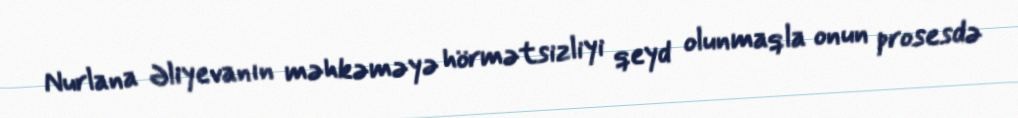
Nurlana Əliyevanın məhkəməyə hörmətsizliyi qeyd olunmaqla onun prosesdə